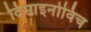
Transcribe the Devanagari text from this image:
दिमाइनोविच